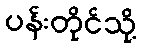
ပန်းတိုင်သို့